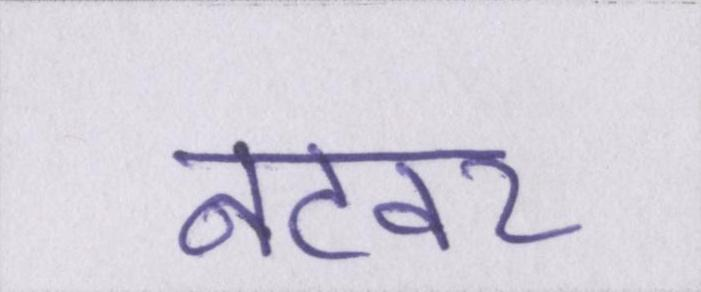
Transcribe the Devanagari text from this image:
नटवर